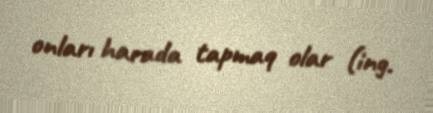
onları harada tapmaq olar (ing.